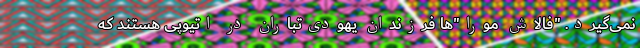
نمی‌گیرد. "فالاش مورا"‌ها فرزندان یهودی‌تباران در اتیوپی هستند که